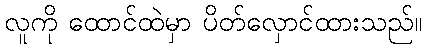
လူကို ထောင်ထဲမှာ ပိတ်လှောင်ထားသည်။